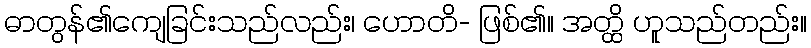
ဓာတွန်၏ကျေခြင်းသည်လည်း၊ ဟောတိ- ဖြစ်၏။ အတ္ထိ ဟူသည်တည်း။